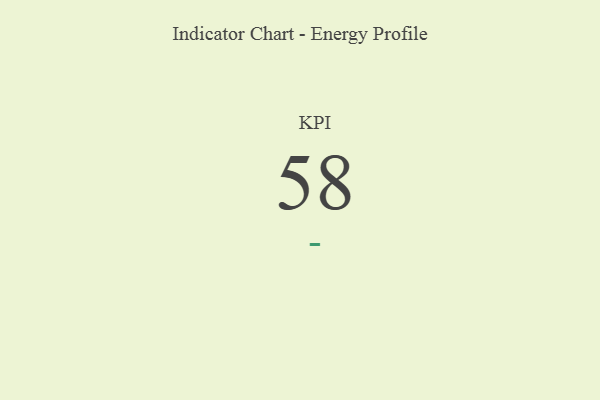
{"axis": {"x": "KPI", "y": "Value"}, "legend": [""], "data": [{"x": "KPI", "y": 58, "type": ""}]}